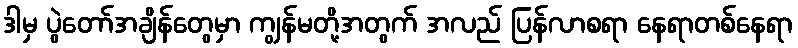
ဒါမှ ပွဲတော်အချိန်တွေမှာ ကျွန်မတို့အတွက် အလည် ပြန်လာစရာ နေရာတစ်နေရာ